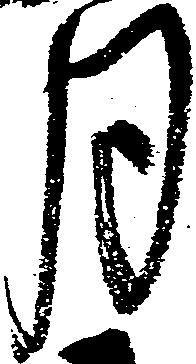
月